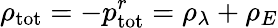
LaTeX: \rho_{\mathrm{tot}}=-p_{\mathrm{tot}}^{r}=\rho_{\lambda}+\rho_{E}